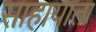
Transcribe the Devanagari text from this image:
साहायाता